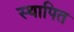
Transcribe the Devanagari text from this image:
स्थापित